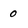
Character: 0